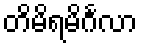
တိမိရမိင်္ဂလာ